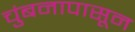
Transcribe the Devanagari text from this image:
चुंबनापासून